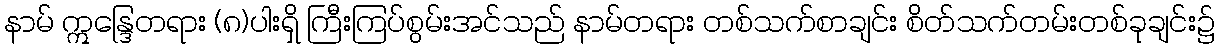
နာမ် ဣန္ဒြေတရား (၈)ပါးရှိ ကြီးကြပ်စွမ်းအင်သည် နာမ်တရား တစ်သက်စာချင်း စိတ်သက်တမ်းတစ်ခုချင်း၌